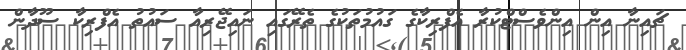
ޗައިނާ އިން އިންވެސްޓްކުރާ އެފްރިކާގެ ގައުމުތަކުގެ ތެރޭގައި ނައިޖޭރިއާ ސައުތު އެފްރިކާ ސޫދާން